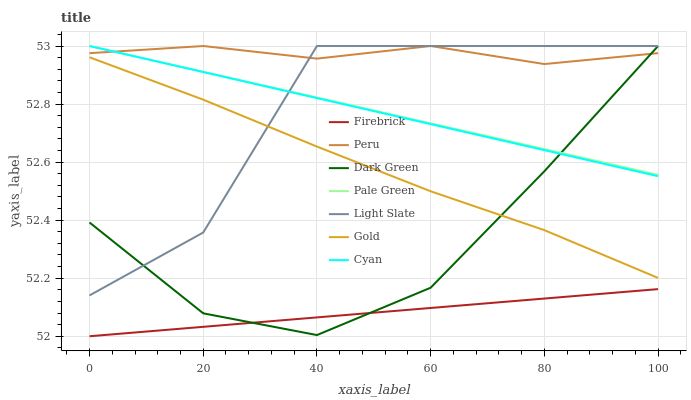
| xaxis_label | Firebrick | Peru | Dark Green | Pale Green | Light Slate | Gold | Cyan |
 | --- | --- | --- | --- | --- | --- | --- | --- |
 | 0 | 52 | 53 | 52.4 | 53 | 52.1 | 53 | 53 |
 | 20 | 52 | 53 | 52.1 | 52.9 | 52.4 | 52.8 | 52.9 |
 | 40 | 52.1 | 53 | 52 | 52.8 | 53 | 52.7 | 52.8 |
 | 60 | 52.1 | 53 | 52.2 | 52.7 | 53 | 52.5 | 52.7 |
 | 80 | 52.1 | 52.9 | 52.6 | 52.6 | 53 | 52.4 | 52.6 |
 | 100 | 52.2 | 53 | 53 | 52.6 | 53 | 52.2 | 52.6 |